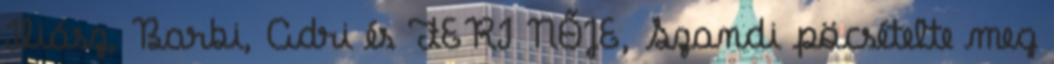
Iliász, Barbi, Adri és FERI NŐJE, Szandi pöcsételte meg